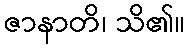
ဇာနာတိ၊ သိ၏။